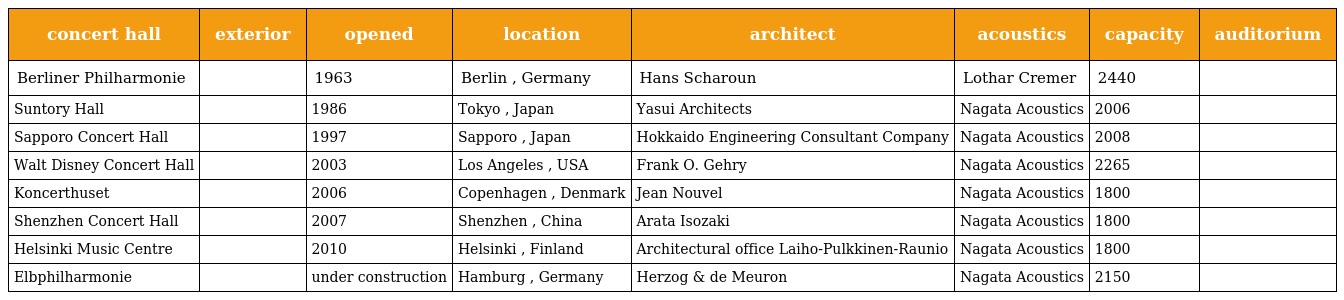
| concert hall | exterior | opened | location | architect | acoustics | capacity | auditorium |
 | --- | --- | --- | --- | --- | --- | --- | --- |
 | Berliner Philharmonie |  | 1963 | Berlin , Germany | Hans Scharoun | Lothar Cremer | 2440 |  |
 | Suntory Hall |  | 1986 | Tokyo , Japan | Yasui Architects | Nagata Acoustics | 2006 |  |
 | Sapporo Concert Hall |  | 1997 | Sapporo , Japan | Hokkaido Engineering Consultant Company | Nagata Acoustics | 2008 |  |
 | Walt Disney Concert Hall |  | 2003 | Los Angeles , USA | Frank O. Gehry | Nagata Acoustics | 2265 |  |
 | Koncerthuset |  | 2006 | Copenhagen , Denmark | Jean Nouvel | Nagata Acoustics | 1800 |  |
 | Shenzhen Concert Hall |  | 2007 | Shenzhen , China | Arata Isozaki | Nagata Acoustics | 1800 |  |
 | Helsinki Music Centre |  | 2010 | Helsinki , Finland | Architectural office Laiho-Pulkkinen-Raunio | Nagata Acoustics | 1800 |  |
 | Elbphilharmonie |  | under construction | Hamburg , Germany | Herzog & de Meuron | Nagata Acoustics | 2150 |  |